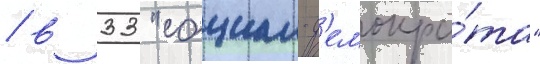
/ в 33 "социал-д'емокра́та"